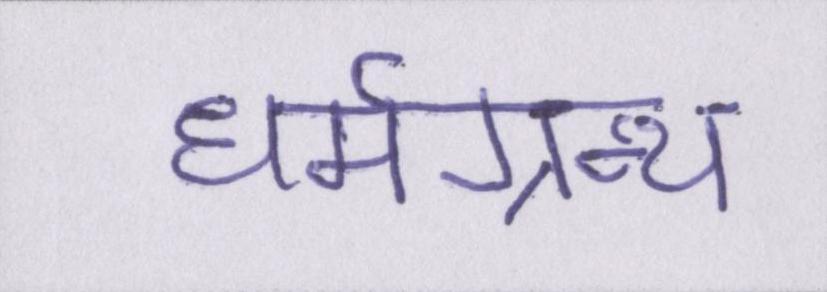
धर्मग्रन्थ